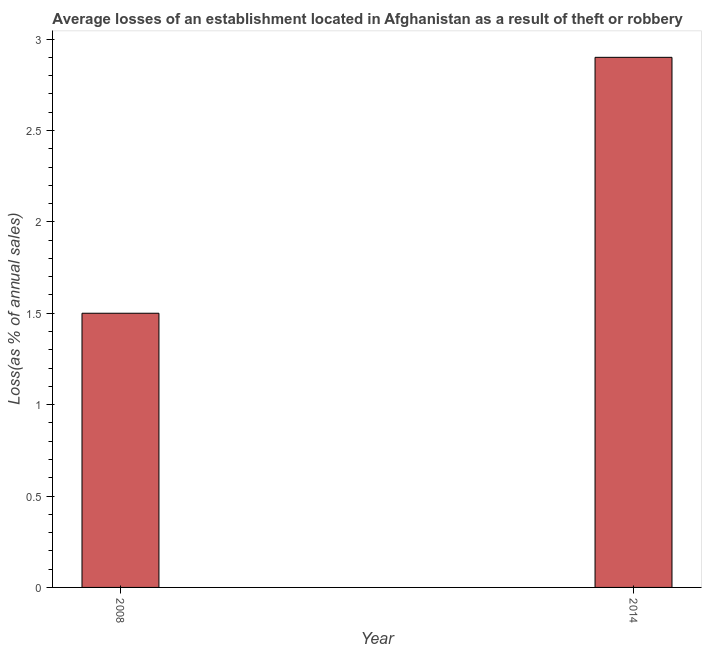
| Year | Losses due to theft |
 | --- | --- |
 | 2008 | 1.5 |
 | 2014 | 2.9 |